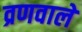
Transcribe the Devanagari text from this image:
व्रणवाले